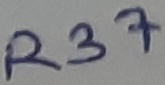
Text: R37